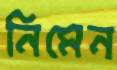
নিমেন